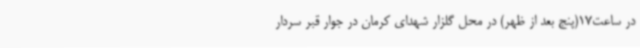
در ساعت17(پنج بعد از ظهر) در محل گلزار شهدای کرمان در جوار قبر سردار